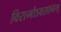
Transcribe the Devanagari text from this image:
विरामोऽवसानम्